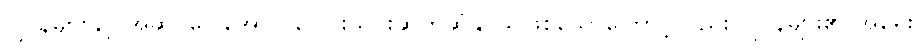
ဂျပန်များနှင့် အဆင်ပြေအောင် ပေါင်းသင်းဆက်ဆံနိုင်သူဖြစ်သောကြောင့်လည်း ဂျပန်များ၏ အရေး